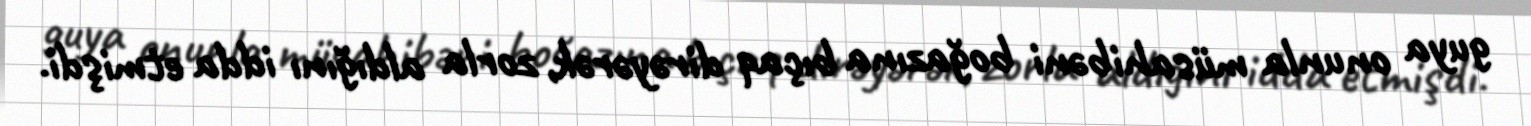
guya onunla müsahibəni boğazına bıçaq dirəyərək, zorla aldığını idda etmişdi.